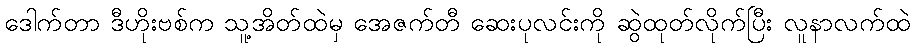
ဒေါက်တာ ဒီဟိုးဗစ်က သူ့အိတ်ထဲမှ အေဇက်တီ ဆေးပုလင်းကို ဆွဲထုတ်လိုက်ပြီး လူနာလက်ထဲ